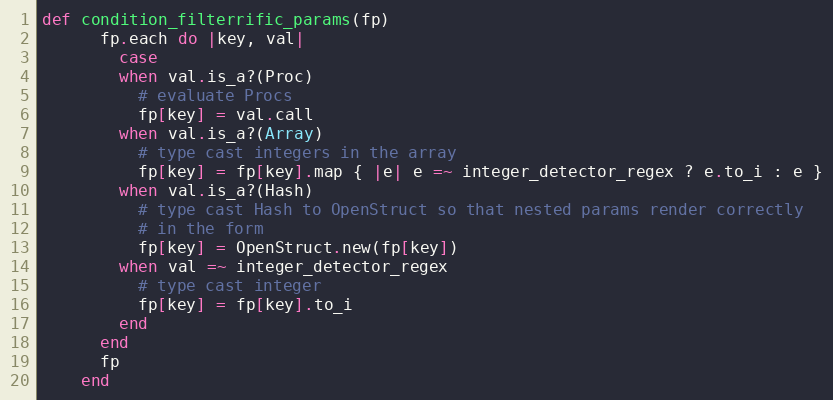
Language: Ruby
def condition_filterrific_params(fp)
      fp.each do |key, val|
        case
        when val.is_a?(Proc)
          # evaluate Procs
          fp[key] = val.call
        when val.is_a?(Array)
          # type cast integers in the array
          fp[key] = fp[key].map { |e| e =~ integer_detector_regex ? e.to_i : e }
        when val.is_a?(Hash)
          # type cast Hash to OpenStruct so that nested params render correctly
          # in the form
          fp[key] = OpenStruct.new(fp[key])
        when val =~ integer_detector_regex
          # type cast integer
          fp[key] = fp[key].to_i
        end
      end
      fp
    end